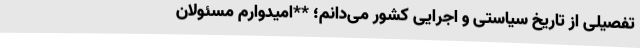
تفصیلی از تاریخ سیاستی و اجرایی کشور می‌دانم؛ **امیدوارم مسئولان